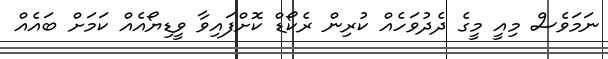
ނަމަވެސް މިއީ މީގެ ދެދުވަހެއް ކުރިން ރެކޯޑް ކޮށްފައިވާ ވީޑިޔޯއެއް ކަމަށް ބައެއް